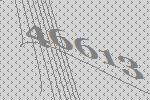
46613